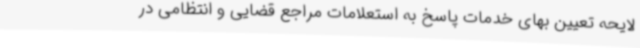
لایحه تعیین بهای خدمات پاسخ به استعلامات مراجع قضایی و انتظامی در